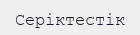
Серіктестік